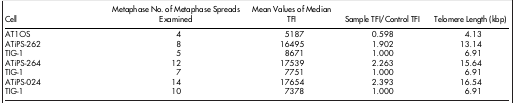
| Cell | Metaphase No. of Metaphase Spreads Examined | Mean Values of Median TFI | Sample TFI/Control TFI | Telomere Length (kbp) |
 | --- | --- | --- | --- | --- |
 | AT1OS | 4 | 5187 | 0.598 | 4.13 |
 | ATiPS-262 | 8 | 16495 | 1.902 | 13.14 |
 | TIG-1 | 5 | 8671 | 1.000 | 6.91 |
 | ATiPS-264 | 12 | 17539 | 2.263 | 15.64 |
 | TIG-1 | 7 | 7751 | 1.000 | 6.91 |
 | ATiPS-024 | 14 | 17654 | 2.393 | 16.54 |
 | TIG-1 | 10 | 7378 | 1.000 | 6.91 |